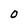
Character: O